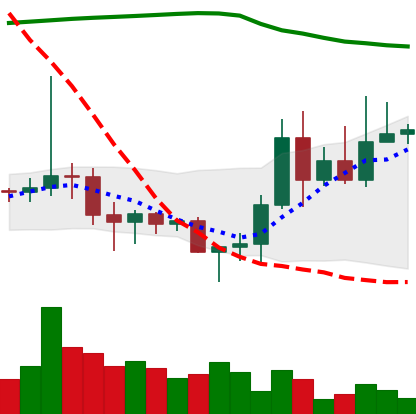
Ticker: DOGE-USD
Chart end date: 2020-11-12
Forward return: 5.649%
Label: up_5_7